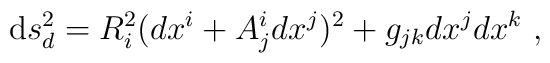
{\rm d}s^2_d = R_i ^2 ( dx ^i + A_j^i dx^j )^2 + g_{jk} dx^j dx^k \ ,